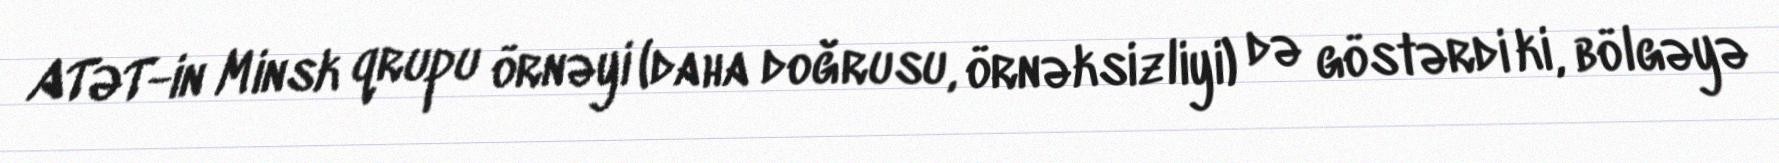
ATƏT-in Minsk qrupu örnəyi (daha doğrusu, örnəksizliyi) də göstərdi ki, bölgəyə